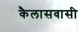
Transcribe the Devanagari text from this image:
कैलासवासी